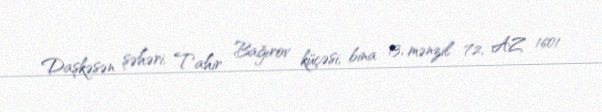
Daşkəsən şəhəri, Tahir Bağırov küçəsi, bina 13, mənzil 72, AZ 1601